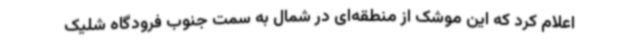
اعلام کرد که این موشک از منطقه‌ای در شمال به سمت جنوب فرودگاه شلیک